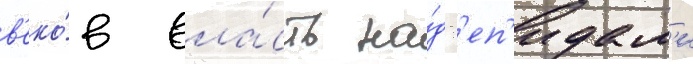
в'еко́в вла́сть на́д г'еп'идам'и